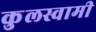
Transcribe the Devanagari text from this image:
कुुलस्वामी